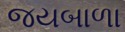
જયબાળા